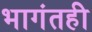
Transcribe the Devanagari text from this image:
भागंतही